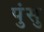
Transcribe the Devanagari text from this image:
पुंसु